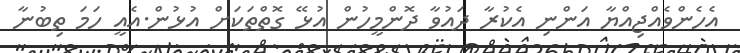
އެހެންވެއްޖިއްޔާ އަންނި އެކުރާ ދައުވާ ދޮންމީހުން އުޅޭ ގޮތްތަކަށް އުޅުން.އެއީ ހަމަ ތިބުނާ